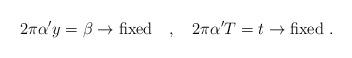
LaTeX: \begin{align*}2 \pi \alpha^{\prime} y = \beta \rightarrow {\rm fixed} ~~~ , ~~~2 \pi \alpha^{\prime} T = t \rightarrow {\rm fixed} ~ .\end{align*}